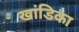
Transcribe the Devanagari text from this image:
खांडिका